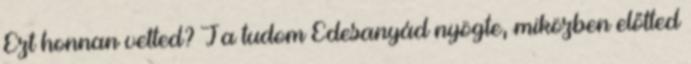
Ezt honnan vetted? Ja tudom Édesanyád nyögte, miközben előtted